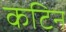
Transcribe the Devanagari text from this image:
कटिन